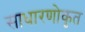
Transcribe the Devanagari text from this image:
साधारणोकृत